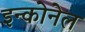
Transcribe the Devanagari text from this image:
इन्कोनेल